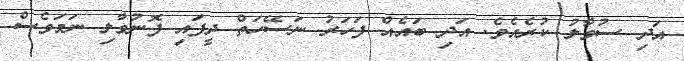
އަދި ސުވާލު ކުރެއެވެ. އަދި ބައެއް ފަހަރު ނަސޭހަތް ދީފައި ފޮނުވާލި ނަމަވެސް